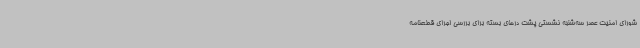
شورای امنیت عصر سه‌شنبه نشستی پشت درهای بسته برای بررسی اجرای قطعنامه